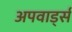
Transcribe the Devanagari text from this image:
अपवार्ड्स